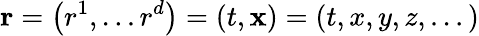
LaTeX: \mathbf{r}=\left(r^{1},\ldots r^{d}\right)=\left(t,\mathbf{x}\right)=\left(t,x,y,z,...\right)